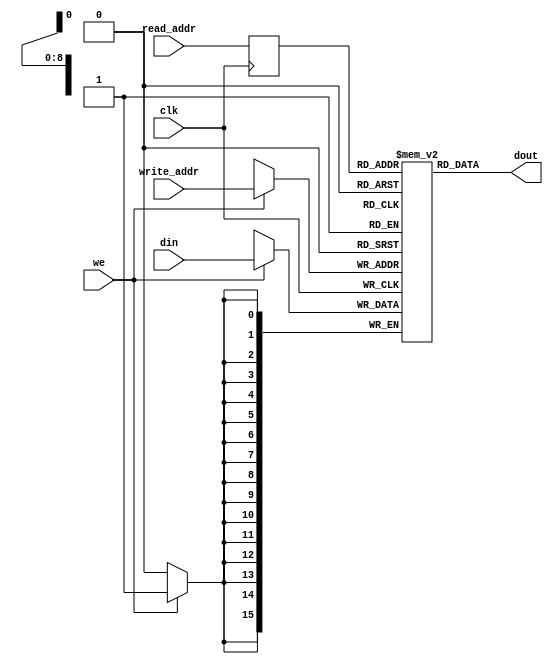
module ram_simple_dp_async_reg_read_512x16_block (clk, we, read_addr, write_addr, din, dout);
    input clk, we;
    input [8:0] read_addr, write_addr;
    input [15:0] din;
    output [15:0] dout;
    
    (* ram_style = "block" *)
    reg [15:0] ram [511:0];
    reg [8:0] read_addr_reg=0;

    always @(posedge clk)
    begin
        read_addr_reg <= read_addr;
        if (we)
            ram[write_addr] <= din;
    end

    assign dout = ram[read_addr_reg];

endmodule